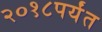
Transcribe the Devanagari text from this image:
२०१८पर्यंत